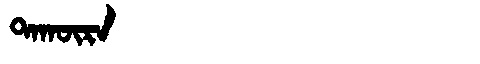
Manchu: ᡨᠠᡴᡡᡵᠠ
Romanization: TAKŪRA